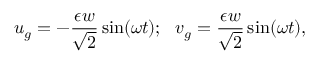
u _ { g } = - \frac { \epsilon w } { \sqrt { 2 } } \sin ( \omega t ) ; \ \ v _ { g } = \frac { \epsilon w } { \sqrt { 2 } } \sin ( \omega t ) ,